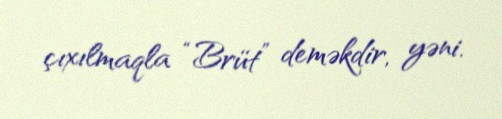
çıxılmaqla “Brüt” deməkdir, yəni.